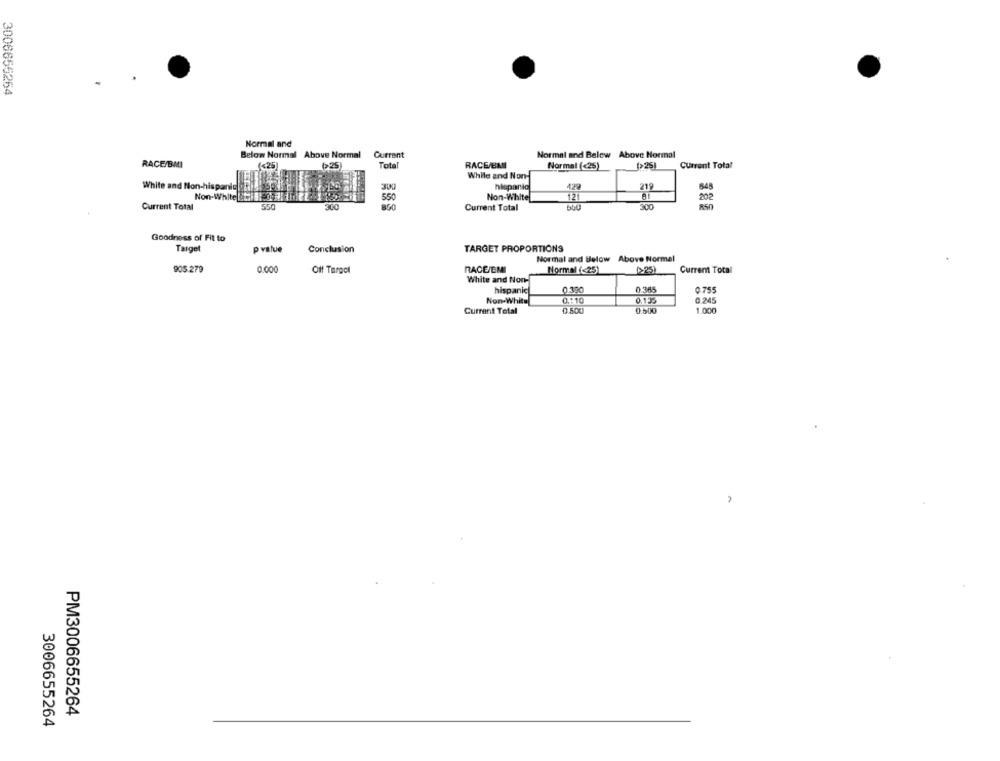
3006656254
Normal and
Below Normal Above Normal
Current
Normal and Below Above Normal
RACE/BMI
(<25)
625
Total
RACE/BMI
Normal (<25)
Current Total
While and Non-
White and Non-hispanic
300
hispanic
429
219
550
Non-White
121
202
Current Total
550
850
300
Current Total
Goodness of Fit to
Target
p value
Conclusion
TARGET PROPORTIONS
Normal and Below Above Normal
90S.279
0.000
Off Target
RACE/EMI
Normal (<25)
Current Total
White and Non-
hispanic
0.390
0.365
0.755
Non-White
0.110
0.135
0.245
Current Total
0.500
1.000
PM3006655264
3006655264